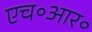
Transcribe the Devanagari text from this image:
एच॰आर॰